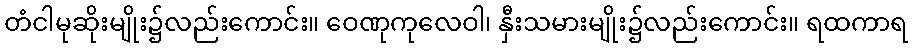
တံငါမုဆိုးမျိုး၌လည်းကောင်း။ ဝေဏုကုလေဝါ၊ နှီးသမားမျိုး၌လည်းကောင်း။ ရထကာရ